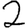
Digit: 2